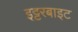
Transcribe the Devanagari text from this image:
इट्टरबाइट